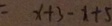
= x + 5 - 1 + 5